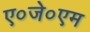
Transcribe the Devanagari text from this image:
ए०जे०एम